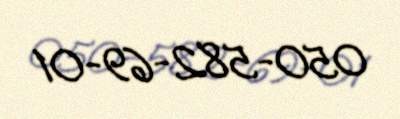
050-582-69-01